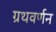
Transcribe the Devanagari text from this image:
ग्रथवर्णन